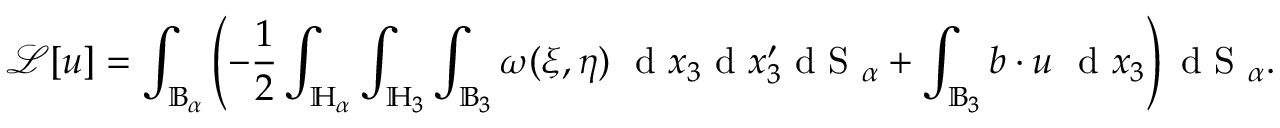
\mathcal { L } [ \boldsymbol { u } ] = \int _ { \mathbb { B } _ { \alpha } } \left( - \frac { 1 } { 2 } \int _ { \mathbb { H } _ { \alpha } } \int _ { \mathbb { H } _ { 3 } } \int _ { \mathbb { B } _ { 3 } } \omega ( \boldsymbol { \xi } , \boldsymbol { \eta } ) \ \textup { d } x _ { 3 } \textup { d } x _ { 3 } ^ { \prime } \textup { d S } _ { \alpha } + \int _ { \mathbb { B } _ { 3 } } \boldsymbol { b } \cdot \boldsymbol { u } \ \textup { d } x _ { 3 } \right) \textup { d S } _ { \alpha } .